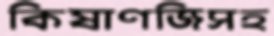
কিষাণজিসহ